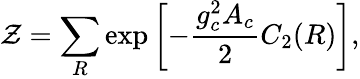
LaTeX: {\cal Z}=\sum_{R}\exp\left[-{\frac{g_{c}^{2}A_{c}}{2}}C_{2}(R)\right],